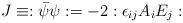
LaTeX: \begin{align*}J\equiv:\bar\psi\psi:=-2:\epsilon_{ij}A_iE_j:\end{align*}